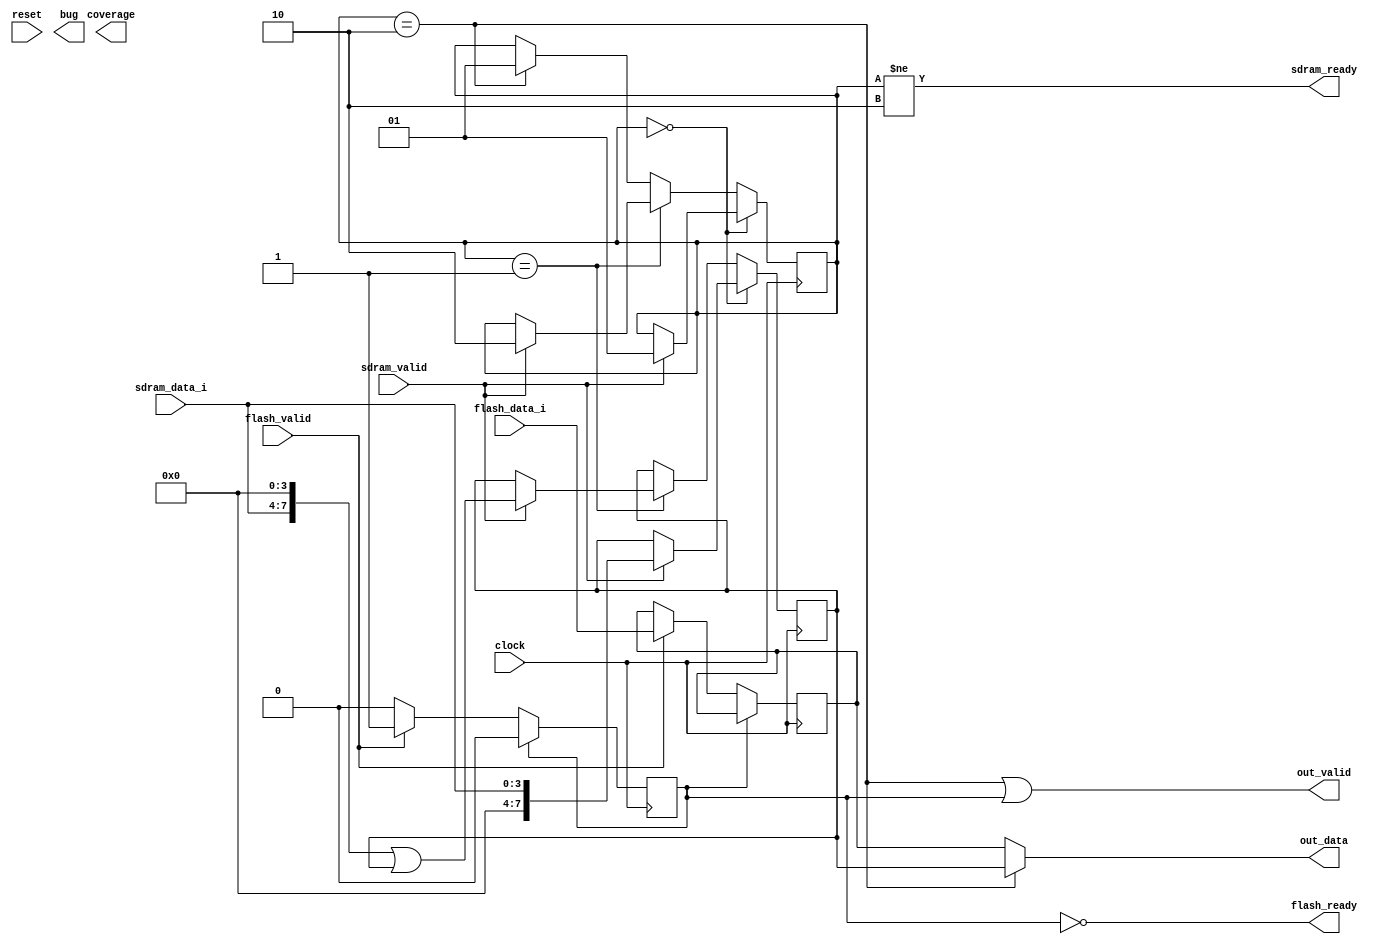
`define READY_S 0
`define PENDING_S 1
`define BUSY_S 2

`define READY_F 0
`define BUSY_F 1

module mem_ctrl(
  input clock,
  input reset,

  input        sdram_valid, 
  input [3:0]  sdram_data_i,
  input        flash_valid,
  input [7:0]  flash_data_i,

  output       sdram_ready,
  output       flash_ready,

  output       out_valid,
  output [7:0] out_data,

  output [2:0] coverage,
  output bug
);

  reg[1:0] state_sdram; // READY, RECEIVING, BUSY
  reg      state_flash; // READY, BUSY

  reg[7:0] data_sdram;
  reg[7:0] data_flash;

/********** combinational **********/

  assign sdram_ready = (state_sdram != `BUSY_S);
  assign flash_ready = (state_flash != `BUSY_F);

  assign out_valid = (state_sdram == `BUSY_S) ||
                      (state_flash == `BUSY_F);
  assign out_data = (state_sdram == `BUSY_S) ?
                      data_sdram : data_flash;

/********** sequential **********/

  always @(posedge clock) begin
    if (state_sdram == `READY_S) begin
      if (sdram_valid) begin
        state_sdram <= `PENDING_S;
        data_sdram <= {4'b0000, sdram_data_i};
      end
    end else if (state_sdram == `PENDING_S) begin
      if (sdram_valid) begin
        state_sdram <= `BUSY_S;
        data_sdram <= {sdram_data_i, 4'b0000} | data_sdram;
      end
    end else if (state_sdram == `BUSY_S) begin
      state_sdram <= `PENDING_S;
    end

    if (state_flash == `READY_F) begin
      if (flash_valid) begin
        state_flash <= `BUSY_F;
        data_flash <= flash_data_i;
      end
    end else if (state_flash == `BUSY_F) begin
      state_flash <= `READY_F;
    end
  end
endmodule